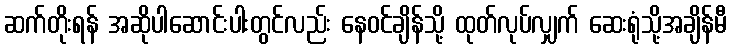
ဆက်တိုးရန် အဆိုပါဆောင်းပါးတွင်လည်း နေဝင်ချိန်သို့ ထုတ်လုပ်လျှက် ဆေးရုံသို့အချိန်မီ